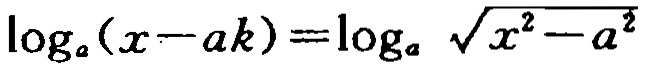
\(\log_{a}(x - ak)=\log_{a}\sqrt{x^{2}-a^{2}}\)